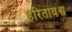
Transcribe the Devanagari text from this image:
हरितावश्व